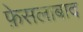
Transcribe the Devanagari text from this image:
फ़ेसलाबाद